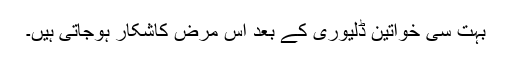
بہت سی خواتین ڈلیوری کے بعد اس مرض کاشکار ہوجاتی ہیں۔